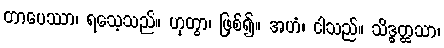
တာပေဿာ၊ ရသေ့သည်။ ဟုတွာ၊ ဖြစ်၍။ အဟံ၊ ငါသည်။ သိဒ္ဓတ္ထသာ၊